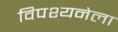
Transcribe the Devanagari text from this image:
विपश्यनेला